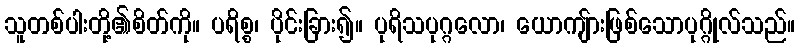
သူတစ်ပါးတို့၏စိတ်ကို။ ပရိစ္စ၊ ပိုင်းခြား၍။ ပုရိသပုဂ္ဂလော၊ ယောကျ်ားဖြစ်သောပုဂ္ဂိုလ်သည်။